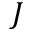
J